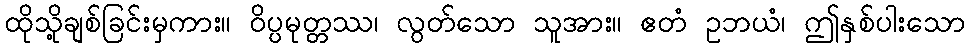
ထိုသို့ချစ်ခြင်းမှကား။ ဝိပ္ပမုတ္တဿ၊ လွတ်သော သူအား။ ဧတံ ဥဘယံ၊ ဤနှစ်ပါးသော